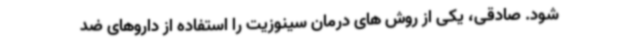
شود. صادقی، یکی از روش های درمان سینوزیت را استفاده از داروهای ضد